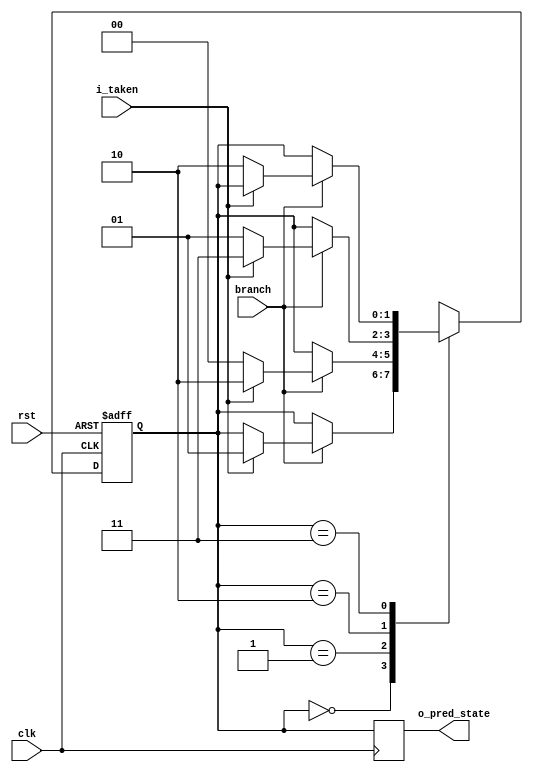
module LPT_GPT_2bitPredictor_FSM(
  // Global Signals
  input  clk,
  input  rst,
  input  branch,
  // Inputs
  input  i_taken,
  
  // Outputs
  output reg [1:0] o_pred_state
);

  // Local parameters
  localparam SNT = 2'b00;
  localparam WNT = 2'b01;
  localparam WTK = 2'b10;
  localparam STK = 2'b11;

  // Local Signals
  reg [1:0] state;
  reg [1:0] next_state;

  // Combinational Logic
  always begin
    next_state = state;

    case (state)
      SNT: begin
		  if (branch)
          if (i_taken)
            next_state = WNT;
      end
      WNT: begin
		  if (branch)
          if (i_taken)
            next_state = WTK;
          else
             next_state = SNT;
      end
      WTK: begin
		  if (branch)
          if (i_taken)
            next_state = STK;
          else
            next_state = WNT;
      end
      STK: begin
		  if (branch)
          if (!i_taken)
            next_state = WTK;
	   end
    endcase
  end

  // Sequential Logic
always @(negedge clk or posedge rst) begin
  if (rst)
    state <= SNT;
  else  
    state <= next_state;
end

  // Wiring Outputs
always @(negedge clk) 
  begin
      o_pred_state = state;
  end
endmodule